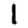
Digit: 1